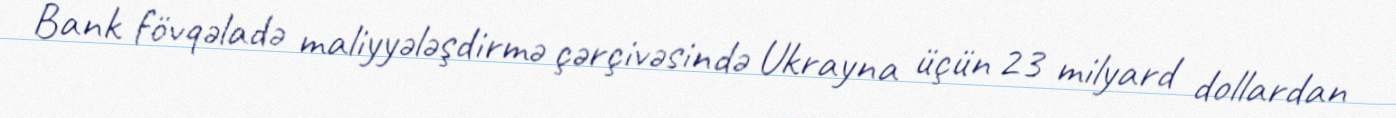
Bank fövqəladə maliyyələşdirmə çərçivəsində Ukrayna üçün 23 milyard dollardan